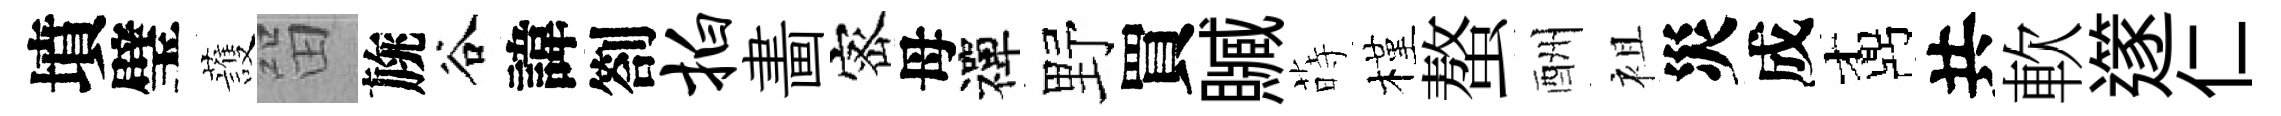
墳璧䕶㽞旐谷諱劄拍畵宻母禪野買贓蒔槿螯酬袓災成鼒共軟𨗹仁